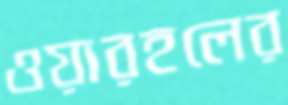
ওয়ারহলের